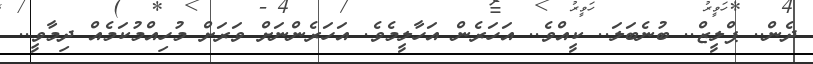
ދެން.. ޕްލީޒް.. ބުނެބަލަ.. ކީއްވެ.. އަހަރެން އަހާލީމެވެ. އަހަރެންނަށް ވަރަށް މުހިއްމުކަމެއް ދިމާވީ..